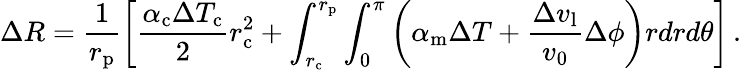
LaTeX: \Delta R=\frac{1}{r_{\mathrm{p}}}\left[\frac{\alpha_{\mathrm{c}}\Delta T_{\mathrm{c}}}{2}r_{\mathrm{c}}^{2}+\int_{r_{\mathrm{c}}}^{r_{\mathrm{p}}}\int_{0}^{\pi}\left(\alpha_{\mathrm{m}}\Delta T+\frac{\Delta v_{\mathrm{l}}}{v_{\mathrm{0}}}\Delta\phi\right)rdrd\theta\right]\, .